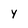
Character: y